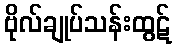
ဗိုလ်ချုပ်သန်းထွဋ်